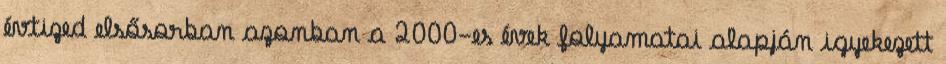
évtized elsősorban azonban a 2000-es évek folyamatai alapján igyekezett